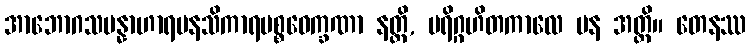
အာဘောဂသမန္နာဟာရမနသိကာရပစ္စဝေက္ခဏာ နတ္ထိ, ပရိဂ္ဂဟိတကာလေ ပန အတ္ထိ။ တေနဿ